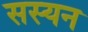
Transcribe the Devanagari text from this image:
सस्यन